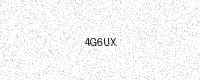
Text: 4G6UX